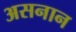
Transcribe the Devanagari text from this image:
असनान